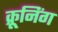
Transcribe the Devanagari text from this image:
क्रूनिंग